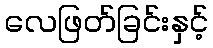
လေဖြတ်ခြင်းနှင့်